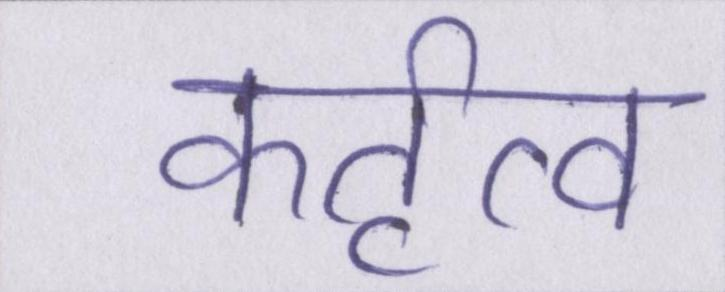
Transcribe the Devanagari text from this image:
कर्तृत्व